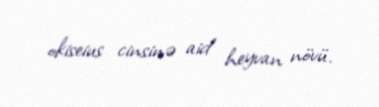
okiseius cinsinə aid heyvan növü.